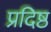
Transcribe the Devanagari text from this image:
प्रदिष्ठ